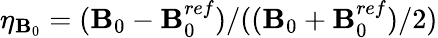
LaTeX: \eta_{\mathbf{B}_{0}}=(\mathbf{B}_{0}-\mathbf{B}_{0}^{ref})/((\mathbf{B}_{0}+\mathbf{B}_{0}^{ref})/2)